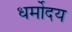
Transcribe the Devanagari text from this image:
धर्मोदय